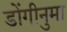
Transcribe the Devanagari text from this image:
डोंगीनुमा